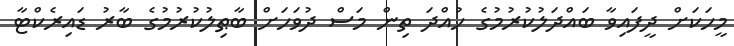
މީހަކަށް ދީފައިވާ ބައްދަލުކުރުމުގެ ހުއްދަ ތިން މަސް ދުވަހަށް ބާޠިލުކުރުމުގެ ބާރު ޑައިރެކްޓާ